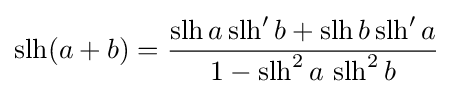
\operatorname {slh} (a+b)={\frac {\operatorname {slh} a\operatorname {slh} 'b+\operatorname {slh} b\operatorname {slh} 'a}{1-\operatorname {slh} ^{2}a\,\operatorname {slh} ^{2}b}}